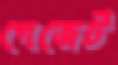
গেজেট